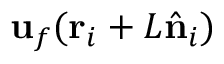
{ \mathbf { u } } _ { f } ( \mathbf { r } _ { i } + L \hat { \bf n } _ { i } )